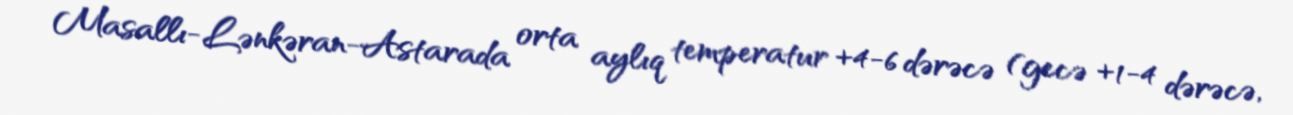
Masallı-Lənkəran-Astarada orta aylıq temperatur +4-6 dərəcə (gecə +1-4 dərəcə,